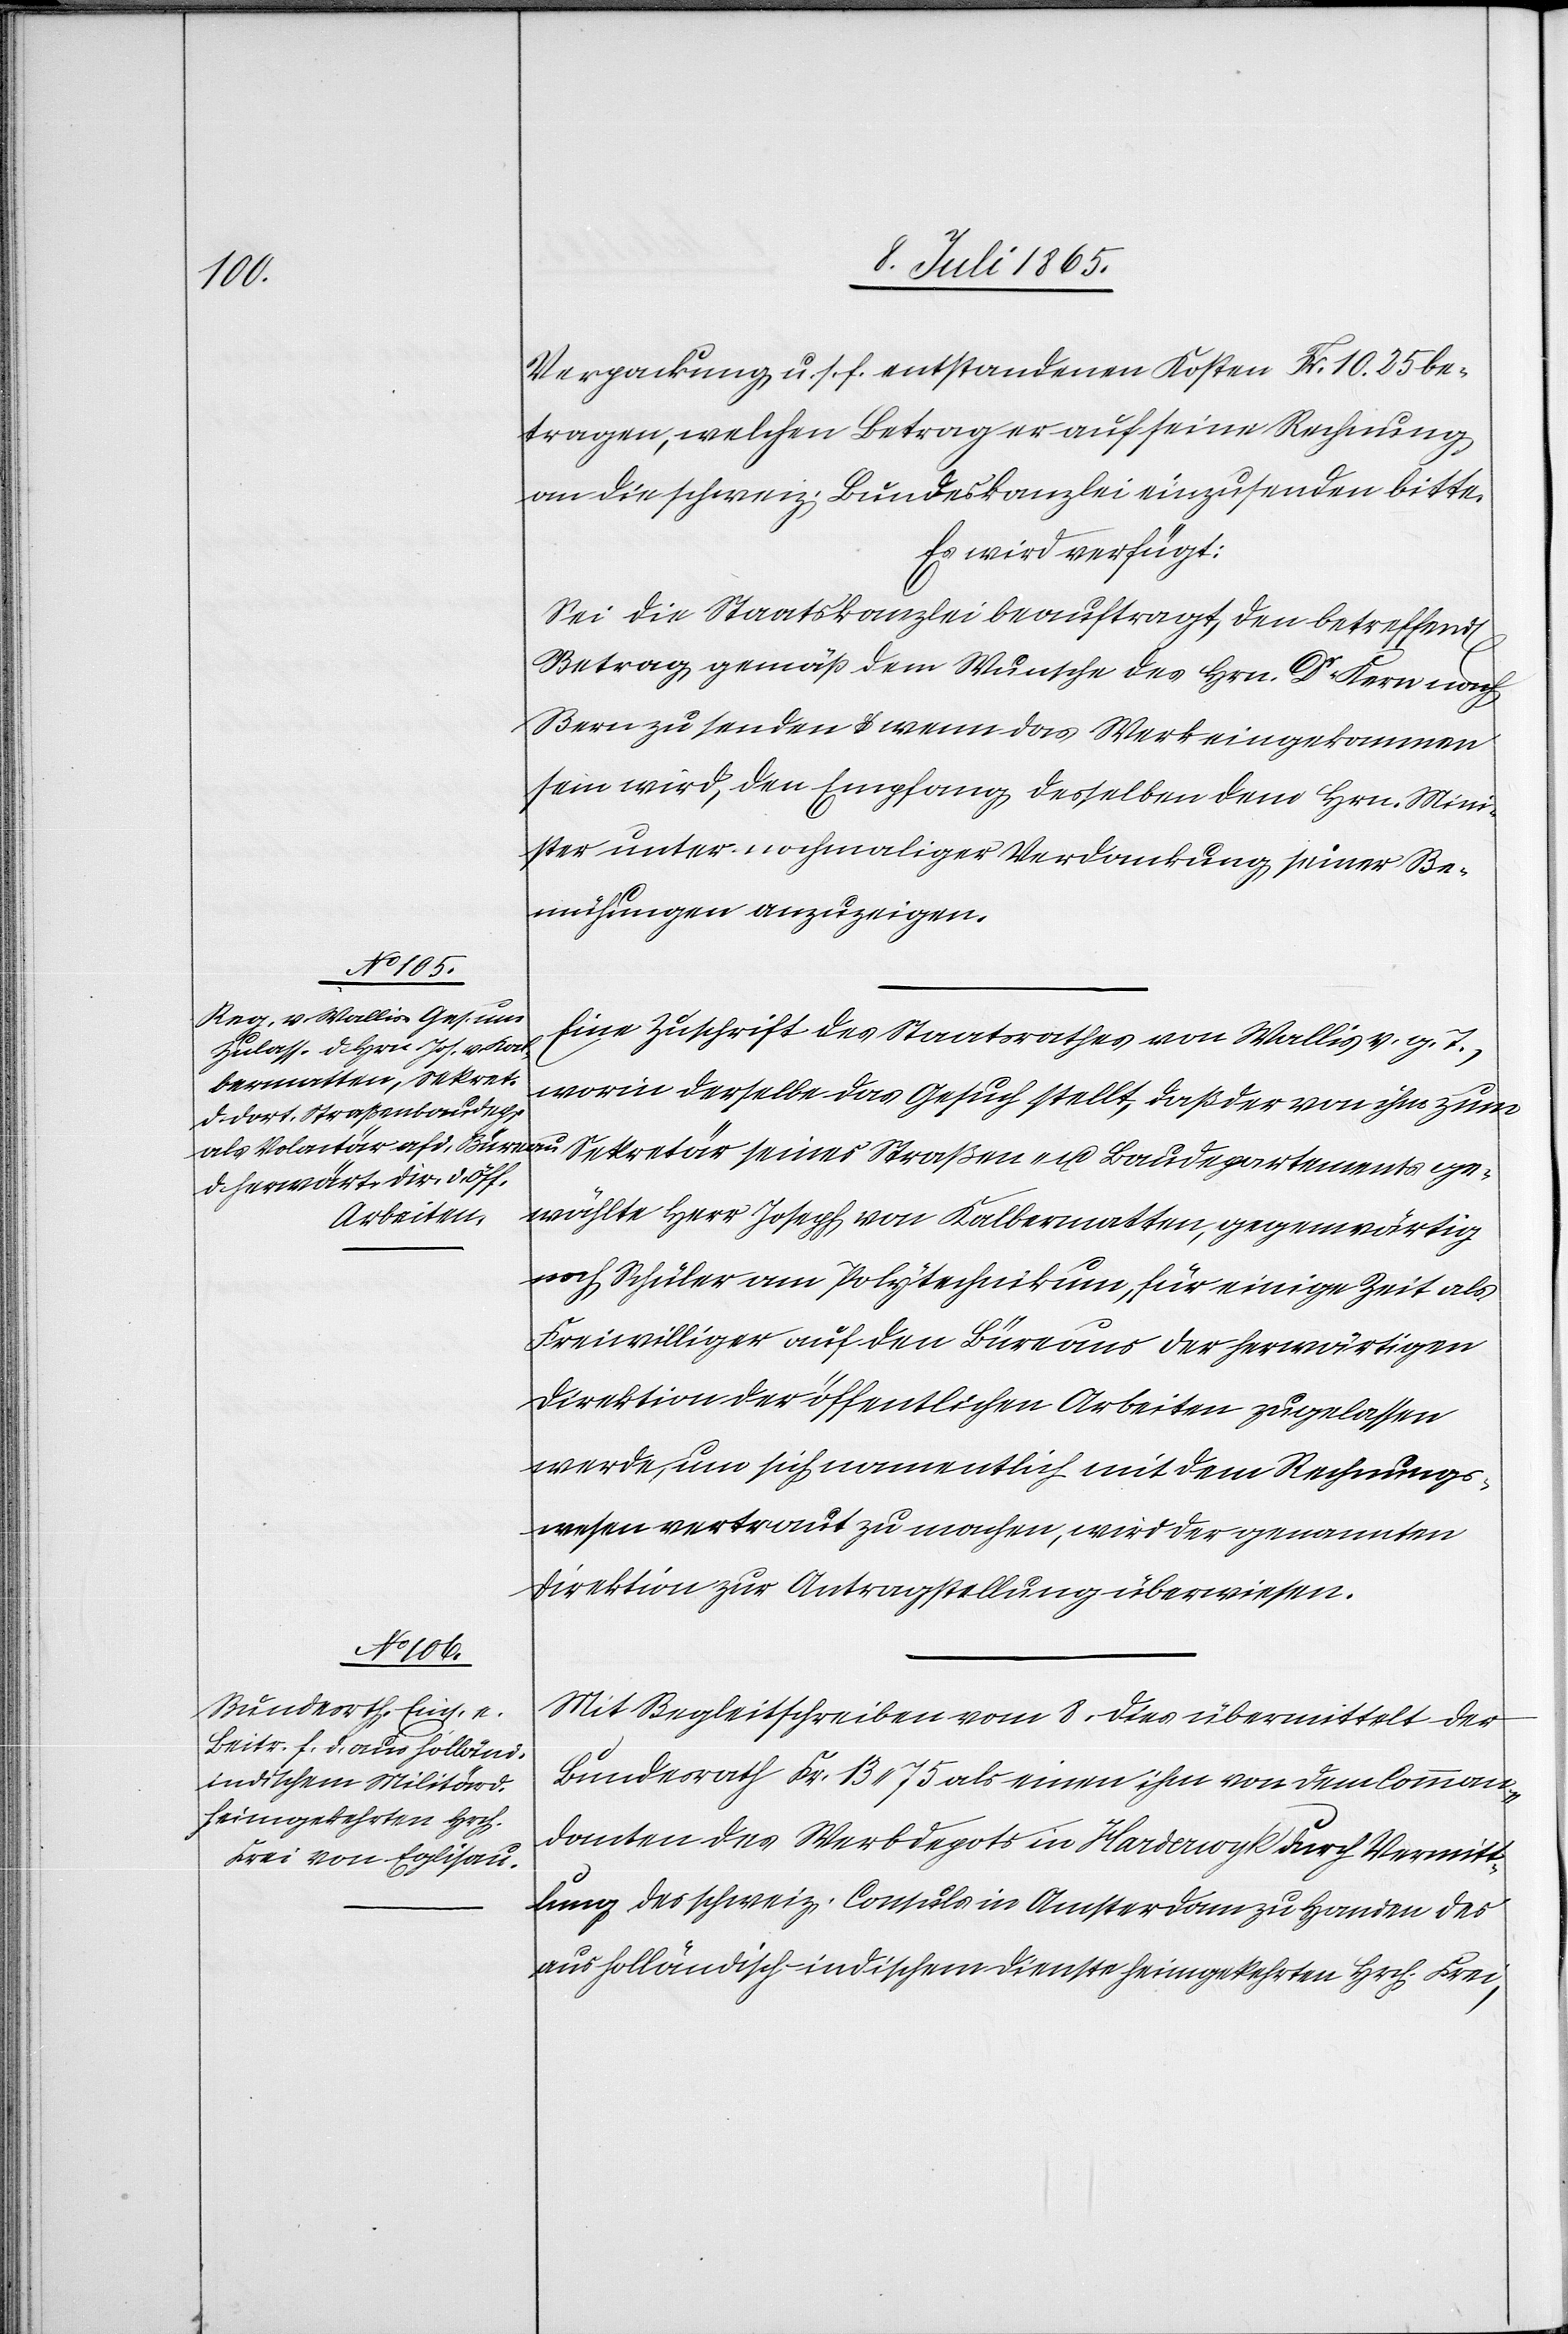
13. Juli 1865.]
Verpackung u. s. f. entstandenen Kosten Fr. 10.25 be¬
tragen, welchen Betrag er auf seine Rechnung
an die schweiz. Bundeskanzlei einzusenden bitte.
Es wird verfügt:
Sei die Staatskanzlei beauftragt, den betreffend[en]
Betrag gemäß dem Wunsche des Hrn. Dr Kern nach
Bern zu senden u. wenn das Werk eingekommen
sein wird, den Empfang desselben dem Hrn. Mini¬
ster unter nochmaliger Verdankung seiner Be¬
mühungen anzuzeigen.
Eine Zuschrift des Staatsrathes von Wallis v. g. T.,
worin derselbe das Gesuch stellt, daß der von ihm zum
gewählte Herr Joseph von Kalbermatten, gegenwärtig
noch Schüler am Polytechnikum, für einige Zeit als
Freiwilliger auf den Büreaus der herwärtigen
Direktion der öffentlichen Arbeiten zugelassen
werde, um sich namentlich mit dem Rechnungs¬
wesen vertraut zu machen, wird der genannten
Direktion zur Antragstellung überwiesen.
Mit Begleitschreiben vom 8. dies übermittelt der
Bundesrath Fr. 13.75 als einen ihm von dem Comman¬
danten des Werbdepots in Harderwyk durch Vermitt¬
lung des schweiz. Consuls in Amsterdam zu Handen des
aus holländisch-indischem Dienste heimgekehrten Hrch. Frei,